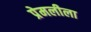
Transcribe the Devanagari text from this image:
प्रेमलीला